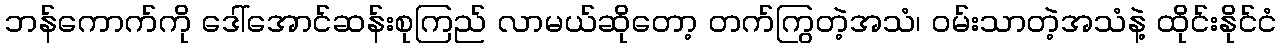
ဘန်ကောက်ကို ဒေါ်အောင်ဆန်းစုကြည် လာမယ်ဆိုတော့ တက်ကြွတဲ့အသံ၊ ဝမ်းသာတဲ့အသံနဲ့ ထိုင်းနိုင်ငံ